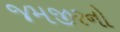
જમજીરનો